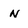
Character: N